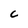
Character: c